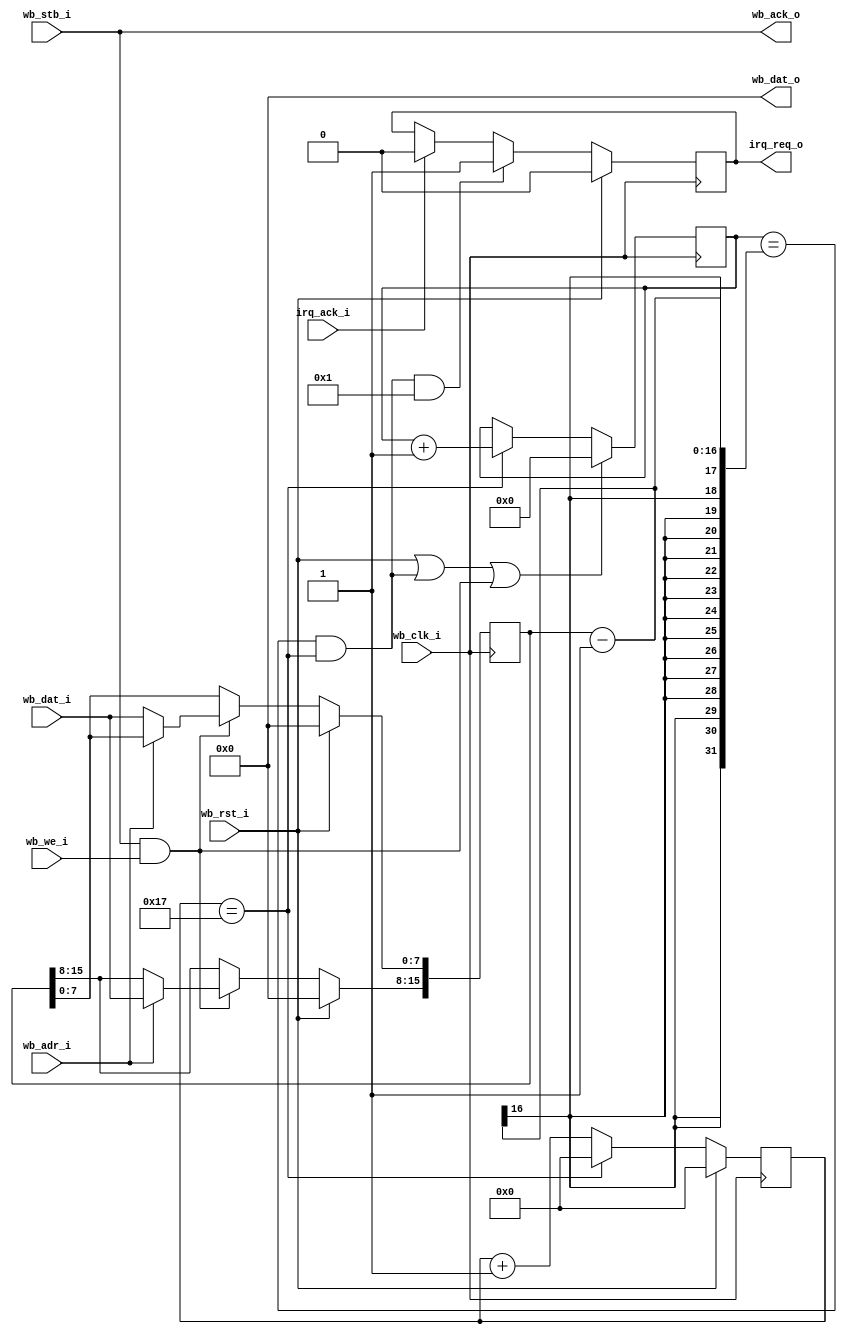
module TM16bits
  #(
    parameter CNT_PRESC=24,
    parameter ENA_TMR=1
   )
   (
    input        wb_clk_i,  
    input        wb_rst_i,  
    input  [0:0] wb_adr_i,  
    output [7:0] wb_dat_o,  
    input  [7:0] wb_dat_i,  
    input        wb_we_i,   
    input        wb_stb_i,  
    output       wb_ack_o,  
    output reg   irq_req_o,
    input        irq_ack_i
   );
localparam integer CNT_BITS=$clog2(CNT_PRESC);
reg  [15:0] cnt_r=0;
reg  [15:0] div_r=0;
wire tc; 
wire ena_cnt;
reg  [CNT_BITS-1:0] pre_cnt_r;
always @(posedge wb_clk_i)
begin : tmr_source
  if (wb_rst_i)
     pre_cnt_r <= 0;
  else
     begin
     pre_cnt_r <= pre_cnt_r+1;
     if (pre_cnt_r==CNT_PRESC-1)
        pre_cnt_r <= 0;
     end
end 
assign ena_cnt=pre_cnt_r==CNT_PRESC-1;
always @(posedge wb_clk_i)
begin : do_count
  if (wb_rst_i || tc || (wb_stb_i && wb_we_i))
     cnt_r <= 0;
  else
     if (ena_cnt)
        cnt_r <= cnt_r+1;
end 
assign tc=cnt_r==div_r-1 && ena_cnt;
always @(posedge wb_clk_i)
begin : do_flag
  if (wb_rst_i)
     irq_req_o <= 0;
  else if (tc && ENA_TMR)
     irq_req_o <= 1;
  else if (irq_ack_i)
     irq_req_o <= 0;
end 
assign wb_dat_o=0;
assign wb_ack_o=wb_stb_i;
always @(posedge wb_clk_i)
begin : do_write_div
  if (wb_rst_i)
     div_r <= 0;
  else if (wb_stb_i && wb_we_i)
     begin
     if (wb_adr_i)
        div_r[15:8] <= wb_dat_i;
     else
        div_r[7:0]  <= wb_dat_i;
     end
end 
endmodule